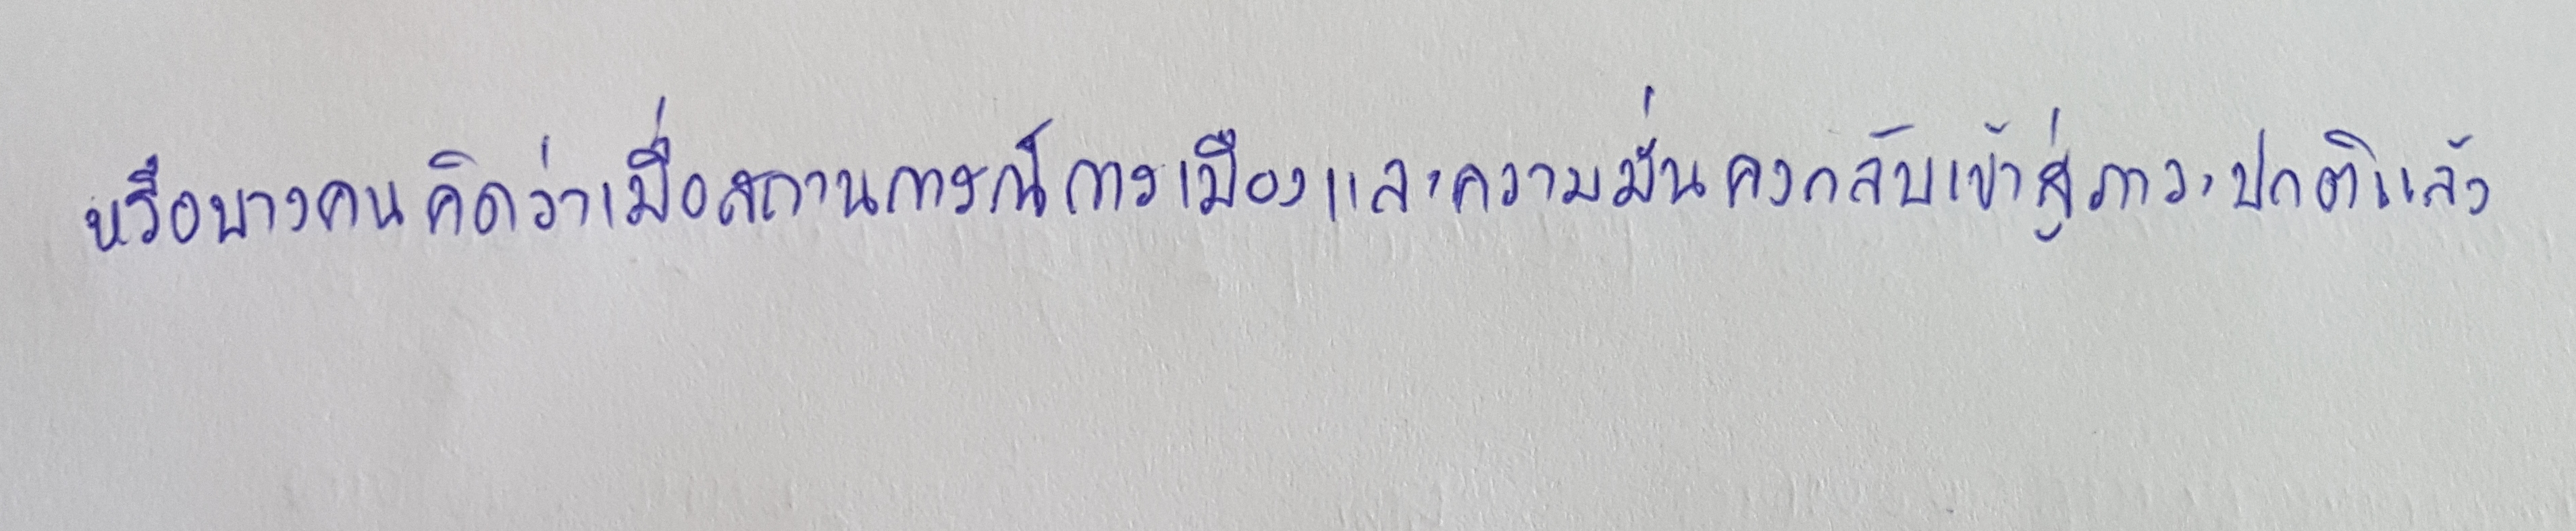
หรือบางคนคิดว่าเมื่อสถานการณ์การเมืองและความมั่นคงกลับเข้าสู่ภาวะปกติแล้ว